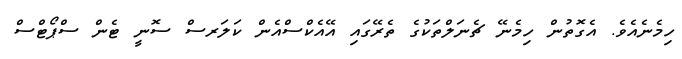
ހިމެނެއެވެ. އެގޮތުން ހިމެނޭ ޗެނަލްތަކުގެ ތެރޭގައި އޭއެކްސްއެން ކަލަރސް ސޮނީ ޓެން ސްޕޯޓްސް